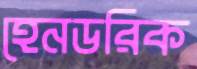
হেনডরিক